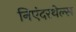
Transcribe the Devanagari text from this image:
निएंदरथेल्स